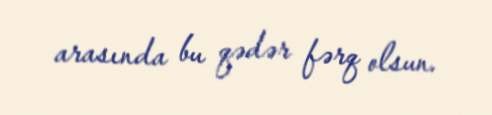
arasında bu qədər fərq olsun.